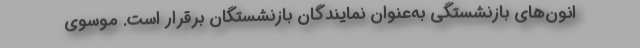
انون‌های بازنشستگی به‌عنوان نمایندگان بازنشستگان برقرار است. موسوی